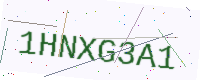
Text: 1HNXG3A1